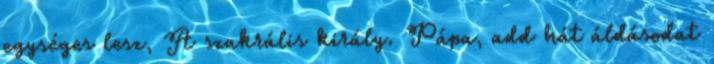
egységes lesz, A szakrális király. Pápa, add hát áldásodat